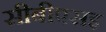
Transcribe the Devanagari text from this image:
सीबीएसइ